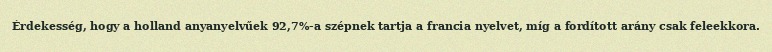
Érdekesség, hogy a holland anyanyelvűek 92,7%-a szépnek tartja a francia nyelvet, míg a fordított arány csak feleekkora.